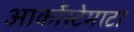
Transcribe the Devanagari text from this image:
आर्कोस्टेमाटा